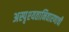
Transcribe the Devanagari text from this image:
अस्पृश्‍यतानिवारणाची